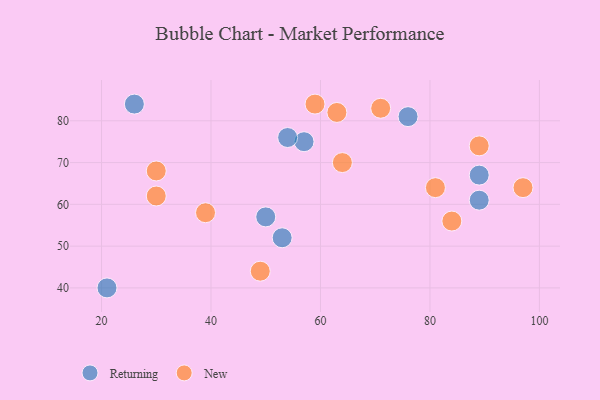
{"axis": {"x": "GDP", "y": "Life Expectancy"}, "legend": ["New", "Returning"], "data": [{"x": "26", "y": 84, "type": "Returning"}, {"x": "21", "y": 40, "type": "Returning"}, {"x": "53", "y": 52, "type": "Returning"}, {"x": "57", "y": 75, "type": "Returning"}, {"x": "54", "y": 76, "type": "Returning"}, {"x": "76", "y": 81, "type": "Returning"}, {"x": "89", "y": 67, "type": "Returning"}, {"x": "50", "y": 57, "type": "Returning"}, {"x": "89", "y": 61, "type": "Returning"}, {"x": "84", "y": 56, "type": "New"}, {"x": "49", "y": 44, "type": "New"}, {"x": "39", "y": 58, "type": "New"}, {"x": "30", "y": 62, "type": "New"}, {"x": "63", "y": 82, "type": "New"}, {"x": "71", "y": 83, "type": "New"}, {"x": "89", "y": 74, "type": "New"}, {"x": "59", "y": 84, "type": "New"}, {"x": "81", "y": 64, "type": "New"}, {"x": "97", "y": 64, "type": "New"}, {"x": "64", "y": 70, "type": "New"}, {"x": "30", "y": 68, "type": "New"}]}